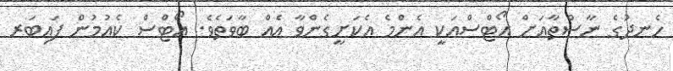
ހެނދުގެ ނާސްތާއަށް އޯޓްސްއަކީ އެންމެ އެކަށީގެންވާ އެއް ބާވަތެވެ. އޯޓްސް ކެއުމުން ފައިބަރ